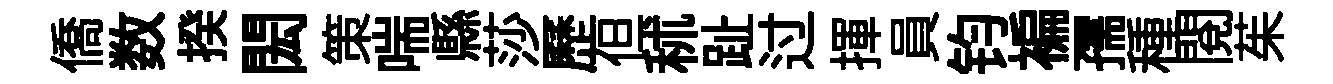
僑数揆閎策喘縣莎歷但秫趾过揮員钧褊孺種閲茱